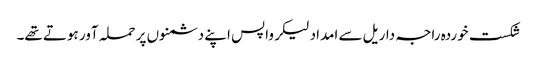
شکست خوردہ راجہ داریل سے امداد لیکر واپس اپنے دشمنوں پر حملہ آور ہوتے تھے۔